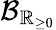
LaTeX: \operatorname{\mathcal{B}}_{\mathbb{R}_{\geq 0}}